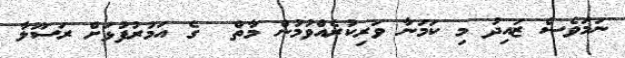
ނަމަވެސް ޒައިދު މި ކަމަނާ ވަރިކުރެއްވުމުން މާތް  ގެ އަމުރުފުޅަށް ރަސޫލާ